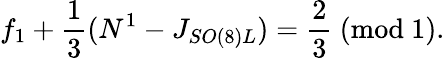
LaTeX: f_{1}+{\frac{1}{3}}(N^{1}-J_{SO(8)L})={\frac{2}{3}}~(\mathrm{mod~1}).